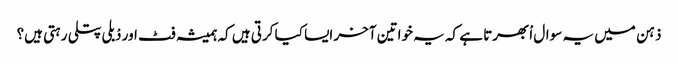
ذہن میں یہ سوال اْبھرتا ہے کہ یہ خواتین آخر ایسا کیا کرتی ہیں کہ ہمیشہ فٹ اور دْبلی پتلی رہتی ہیں؟